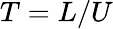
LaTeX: T=L/U